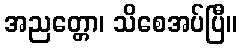
အညတ္တော၊ သိစေအပ်ပြီ။